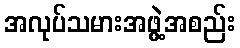
အလုပ်သမားအဖွဲ့အစည်း